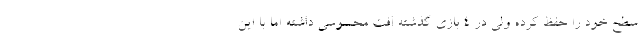
سطح خود را حفظ کرده ولی در 4 بازی گذشته افت محسوسی داشته اما با این